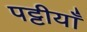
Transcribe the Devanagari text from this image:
पट्टीयाँ